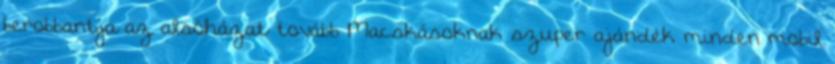
berobbantja az alsóházat tovább Macskásoknak szuper ajándék minden mobil